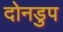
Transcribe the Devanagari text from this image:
दोनडुप